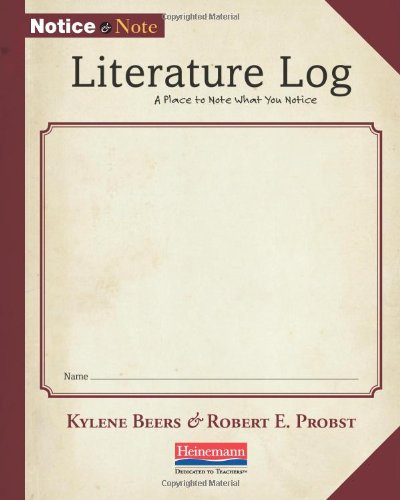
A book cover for Notice and Note Literature Log; Kylene Beers; Literature & Fiction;